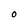
Character: 0